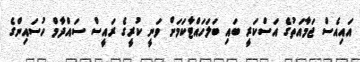
އައިއެސް ޖަމާއަތުގެ އަސްކަރީ ބައި ބަލަހައްޓާކަމަށް ވަނީ ކުރީގެ ރައީސް ސައްދާމް ހުސައިންގެ